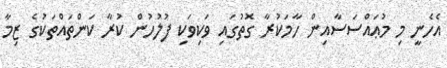
އެހެނީ މި މުޢައްސަސާއިން ހާމަކުރާ ގޮތުގައި ވަކިވަކި ފުލުހުން ކުރާ ކަންތައްތަކުގެ ޒިމާ